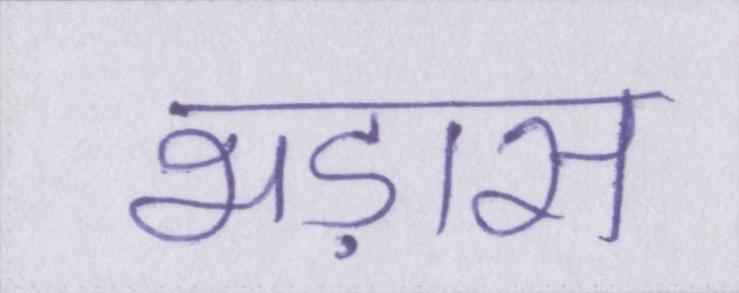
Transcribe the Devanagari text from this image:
भड़ास